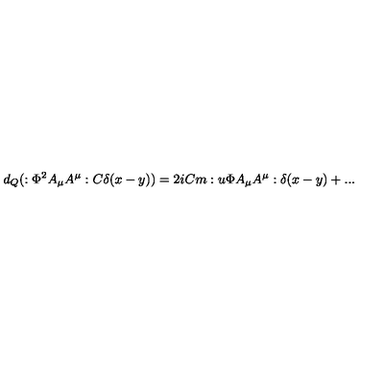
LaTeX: d _ { Q } ( : \Phi ^ { 2 } A _ { \mu } A ^ { \mu } : C \delta ( x - y ) ) = 2 i C m : u \Phi A _ { \mu } A ^ { \mu } : \delta ( x - y ) + . . .